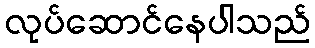
လုပ်ဆောင်နေပါသည်